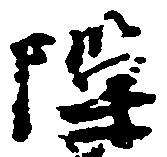
隙